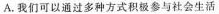
A.我们可以通过多种方式积极参与社会生活